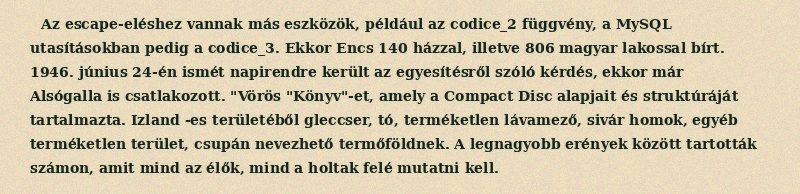
Az escape-eléshez vannak más eszközök, például az codice_2 függvény, a MySQL utasításokban pedig a codice_3. Ekkor Encs 140 házzal, illetve 806 magyar lakossal bírt. 1946. június 24-én ismét napirendre került az egyesítésről szóló kérdés, ekkor már Alsógalla is csatlakozott. "Vörös "Könyv"-et, amely a Compact Disc alapjait és struktúráját tartalmazta. Izland -es területéből gleccser, tó, terméketlen lávamező, sivár homok, egyéb terméketlen terület, csupán nevezhető termőföldnek. A legnagyobb erények között tartották számon, amit mind az élők, mind a holtak felé mutatni kell.